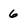
Character: 6